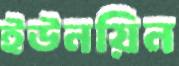
ইউনয়িন